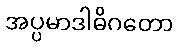
အပ္ပမာဒါဓိဂတော